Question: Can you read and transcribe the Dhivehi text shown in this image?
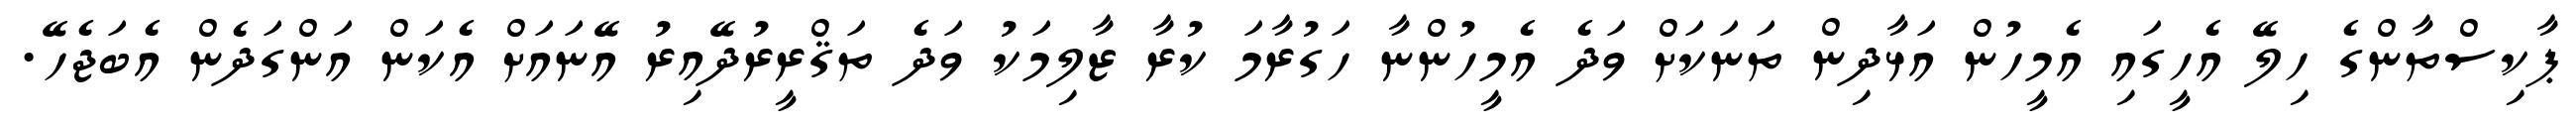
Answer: ޕާކިސްތާންގެ ހިލޭ އެހީގައި އެމީހުން އަޅާދިން ތަނަކަށް ވަދެ އެމީހުންނާ ހަގުރާމަ ކުރާ ޒާލިމަކު ވަދެ ތަޤްރީރުދޭއިރު އޭނައަށް އެކަން އަންގަދެން އެބަޖެހޭ.